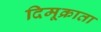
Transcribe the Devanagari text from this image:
दिमूक्राता